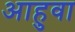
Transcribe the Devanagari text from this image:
आहुवा